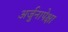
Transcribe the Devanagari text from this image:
अर्जुनापेक्षा